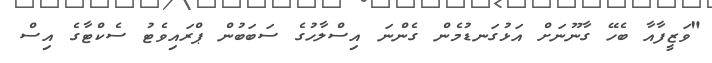
"ވަޒީފާއާ ބެހޭ ގާނޫނަށް އަޅުގަނޑުމެން ގެންނަ އިސްލާހުގެ ސަބަބުން ޕްރައިވެޓު ސެކްޓާގެ އިސް